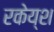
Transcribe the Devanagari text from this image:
रकेय्श